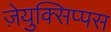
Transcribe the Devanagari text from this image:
ज़ेयुक्सिप्पस